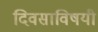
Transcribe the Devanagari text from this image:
दिवसाविषयी